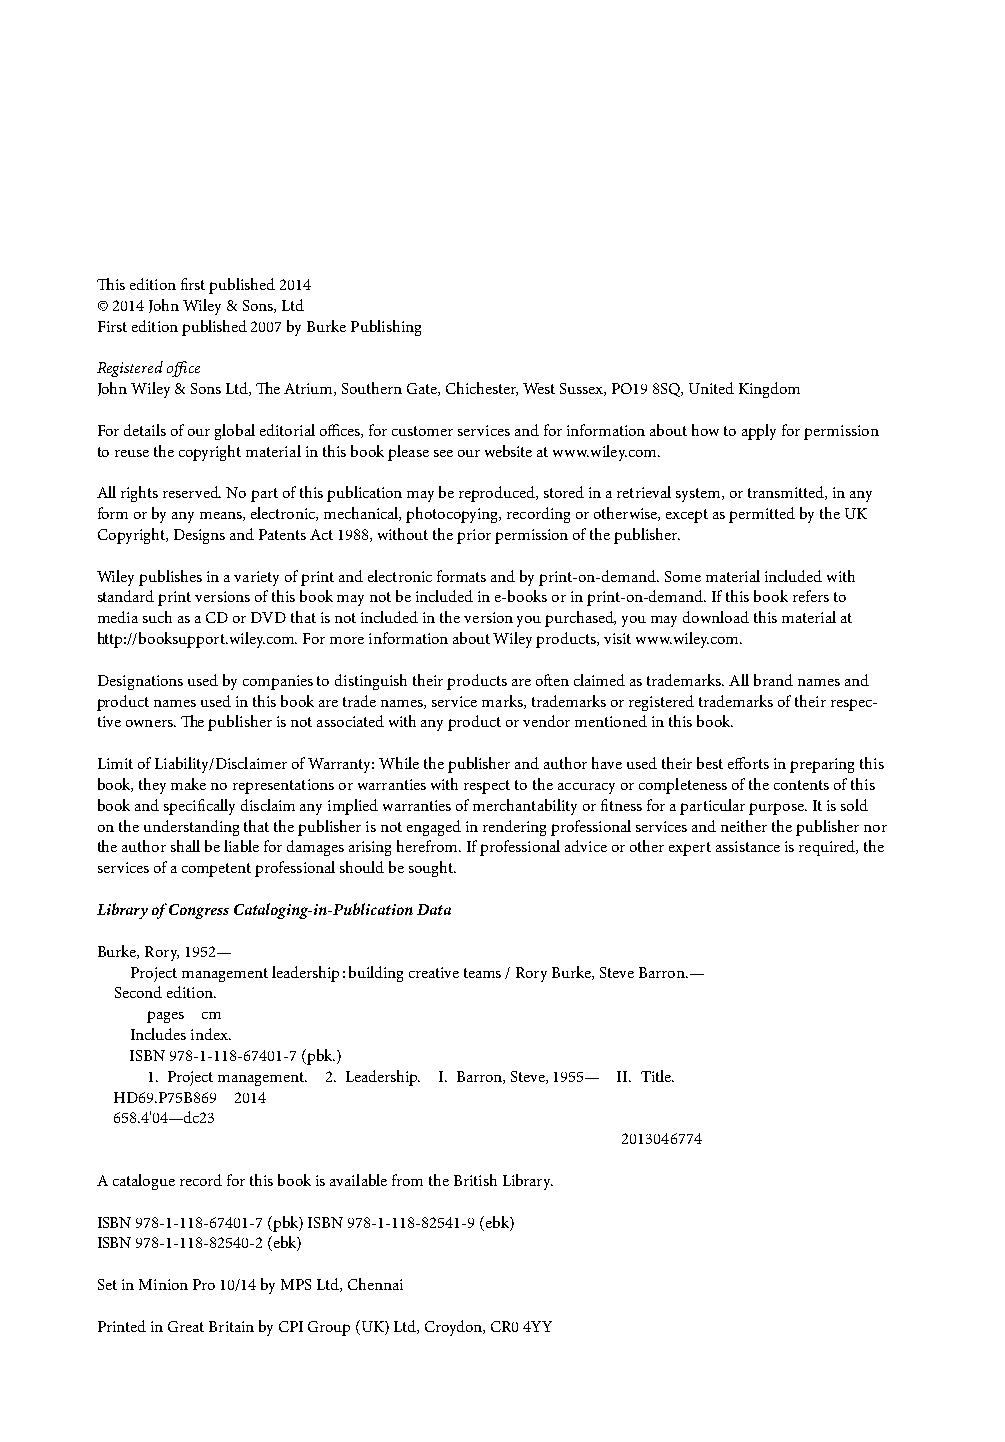
Th is edition fi rst published 2014
 © 2014 John Wiley & Sons, Ltd
 First edition published 2007 by Burke Publishing
 Registered offi ce
 John Wiley & Sons Ltd, Th e Atrium, Southern Gate, Chichester, West Sussex, PO19 8SQ, United Kingdom
 For details of our global editorial offi ces, for customer services and for information about how to apply for permission
 to reuse the copyright material in this book please see our website at www.wiley.com.
 All rights reserved. No part of this publication may be reproduced, stored in a retrieval system, or transmitted, in any
 form or by any means, electronic, mechanical, photocopying, recording or otherwise, except as permitted by the UK
 Copyright, Designs and Patents Act 1988, without the prior permission of the publisher.
 Wiley publishes in a variety of print and electronic formats and by print-on-demand. Some material included with
 standard print versions of this book may not be included in e-books or in print-on-demand. If this book refers to
 media such as a CD or DVD that is not included in the version you purchased, you may download this material at
 http://booksupport.wiley.com. For more information about Wiley products, visit www.wiley.com.
 Designations used by companies to distinguish their products are oft en claimed as trademarks. All brand names and
 product names used in this book are trade names, service marks, trademarks or registered trademarks of their respec-
 tive owners. Th e publisher is not associated with any product or vendor mentioned in this book.
 Limit of Liability/Disclaimer of Warranty: While the publisher and author have used their best eff orts in preparing this
 book, they make no representations or warranties with respect to the accuracy or completeness of the contents of this
 book and specifi cally disclaim any implied warranties of merchantability or fi tness for a particular purpose. It is sold
 on the understanding that the publisher is not engaged in rendering professional services and neither the publisher nor
 the author shall be liable for damages arising herefrom. If professional advice or other expert assistance is required, the
 services of a competent professional should be sought.
 Library of Congress Cataloging-in-Publication Data
 Burke, Rory, 1952—
 Project management leadership : building creative teams / Rory Burke, Steve Barron.—
 Second edition.
 pages cm
 Includes index.
 ISBN 978-1-118-67401-7 (pbk.)
 1. Project management. 2. Leadership. I. Barron, Steve, 1955— II. Title.
 HD69.P75B869 2014
 658.4'04—dc23
 2013046774
 A catalogue record for this book is available from the British Library.
 ISBN 978-1-118-67401-7 (pbk) ISBN 978-1-118-82541-9 (ebk)
 ISBN 978-1-118-82540-2 (ebk)
 Set in Minion Pro 10/14 by MPS Ltd, Chennai
 Printed in Great Britain by CPI Group (UK) Ltd, Croydon, CR0 4YY